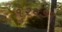
૧૨૦૭૧